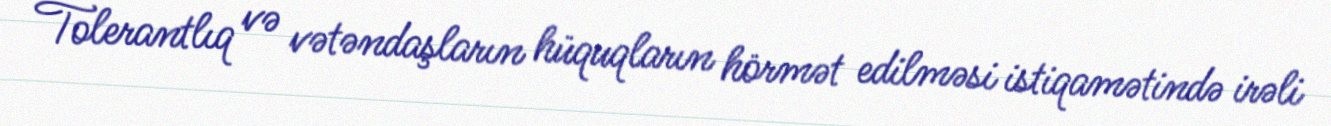
Tolerantlıq və vətəndaşların hüquqların hörmət edilməsi istiqamətində irəli